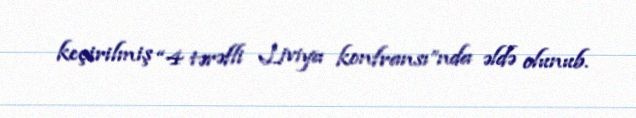
keçirilmiş “4 tərəfli Liviya konfransı”nda əldə olunub.